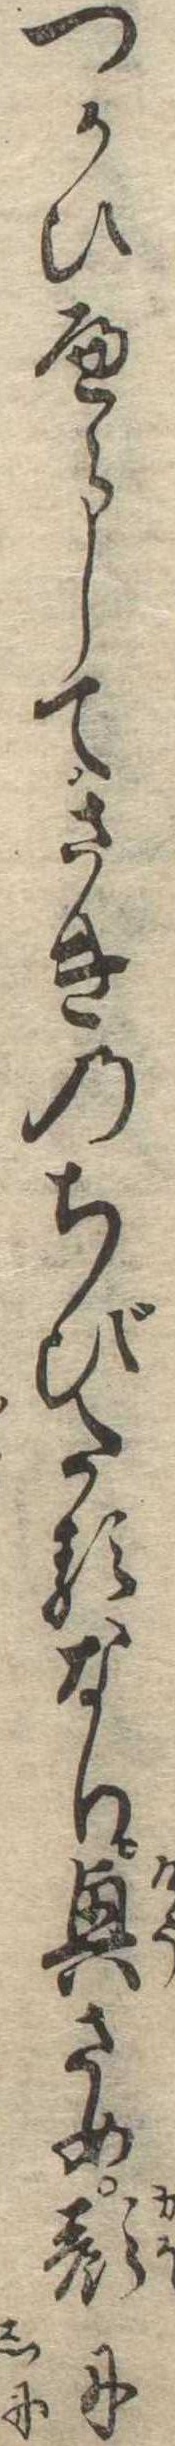
つかひへらしてさきのちびたるなり興さめ顔に